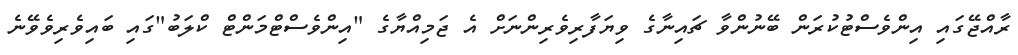
ރާއްޖޭގައި އިންވެސްޓުކުރަން ބޭނުންވާ ޗައިނާގެ ވިޔަފާރިވެރިންނަށް އެ ޖަމިއްޔާގެ "އިންވެސްޓްމަންޓް ކްލަބު"ގައި ބައިވެރިވެވޭނެ